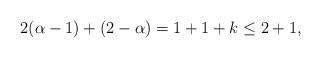
LaTeX: \begin{align*}2(\alpha-1)+(2-\alpha)=1+1+k\leq 2+1,\end{align*}